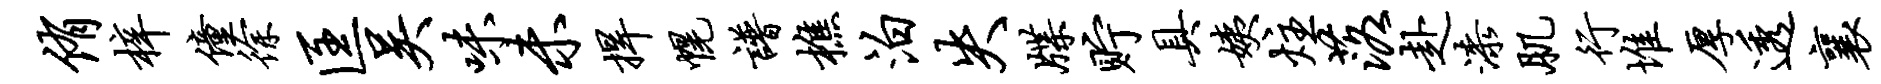
侑梓僮徐匡吴味未捍幌谱樵泊失牒贮具姨炷落赴漆肌行堆厚透襄